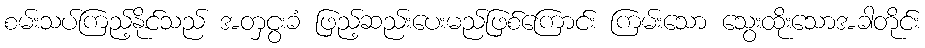
စမ်းသပ်ကြည့်နိုင်သည် အတှငွးခံ ဖြည့်ဆည်းပေးမည်ဖြစ်ကြောင်း ကြမ်းသော သွေးထိုးသောအခါတိုင်း